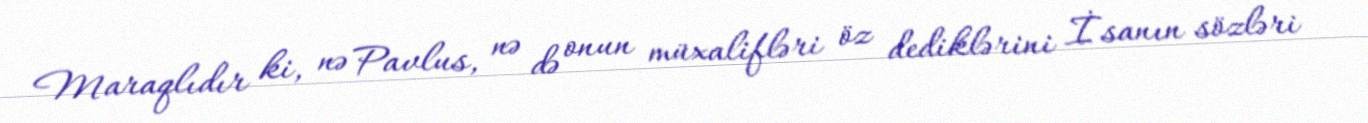
Maraqlıdır ki, nə Pavlus, nə də onun müxalifləri öz dediklərini İsanın sözləri